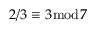
2 / 3 \equiv 3 { \bmod { 7 } }